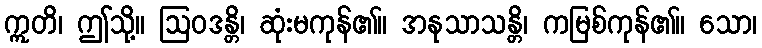
ဣတိ၊ ဤသို့။ ဩဝဒန္တိ၊ ဆုံးမကုန်၏။ အနုသာသန္တိ၊ ကမြစ်ကုန်၏။ သော၊